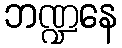
ဘဏ္ဍနေ